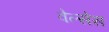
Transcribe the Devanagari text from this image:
वेल्सेस